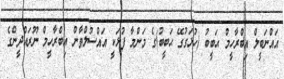
އައްނަބީލް އިބްރާހީމް ޙަބީބު (ހުޅަގުގޭ ޙަބީބު)ގެ މަންމާ ފުޅަކީ އައްސުލްޠާން އިބްރާހީމް ނޫރައްދީންގެ